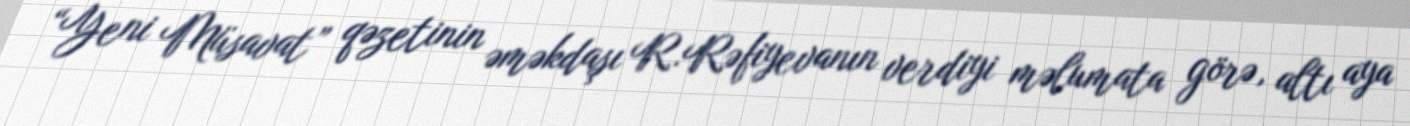
“Yeni Müsavat” qəzetinin əməkdaşı R.Rəfiyevanın verdiyi məlumata görə, altı aya